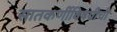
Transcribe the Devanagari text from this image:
सातकर्णीविषयीची